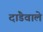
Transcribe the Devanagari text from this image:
दांडेवाले